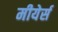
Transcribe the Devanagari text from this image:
मीयेर्स